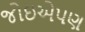
જોઇએપણ